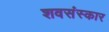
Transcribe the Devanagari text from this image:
शवसंस्कार